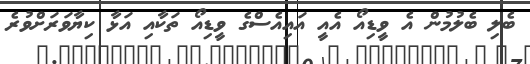
ބެލި ބެލުމުން އެ ވީޑިއޯ އެއީ އައިއެސްގެ ވީޑިއޯ ތަކާއި އަޅާ ކިޔާވަރަށްވުރެ